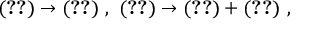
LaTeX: ( \ref { s i x f 1 } ) \rightarrow ( \ref { s i x f 1 } ) ~ , ~ ( \ref { s i x f 2 } ) \rightarrow ( \ref { s i x f 2 } ) + ( \ref { s s i x f } ) ~ ,